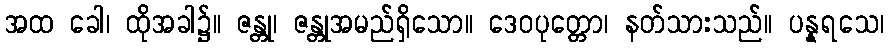
အထ ခေါ၊ ထိုအခါ၌။ ဇန္တု၊ ဇန္တုအမည်ရှိသော။ ဒေဝပုတ္တော၊ နတ်သားသည်။ ပန္နရသေ၊